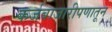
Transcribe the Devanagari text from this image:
कर्जबाजारीपणातून